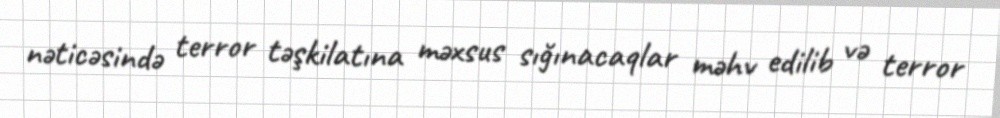
nəticəsində terror təşkilatına məxsus sığınacaqlar məhv edilib və terror